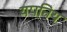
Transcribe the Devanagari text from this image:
यपनिय